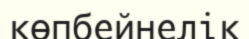
көпбейнелік